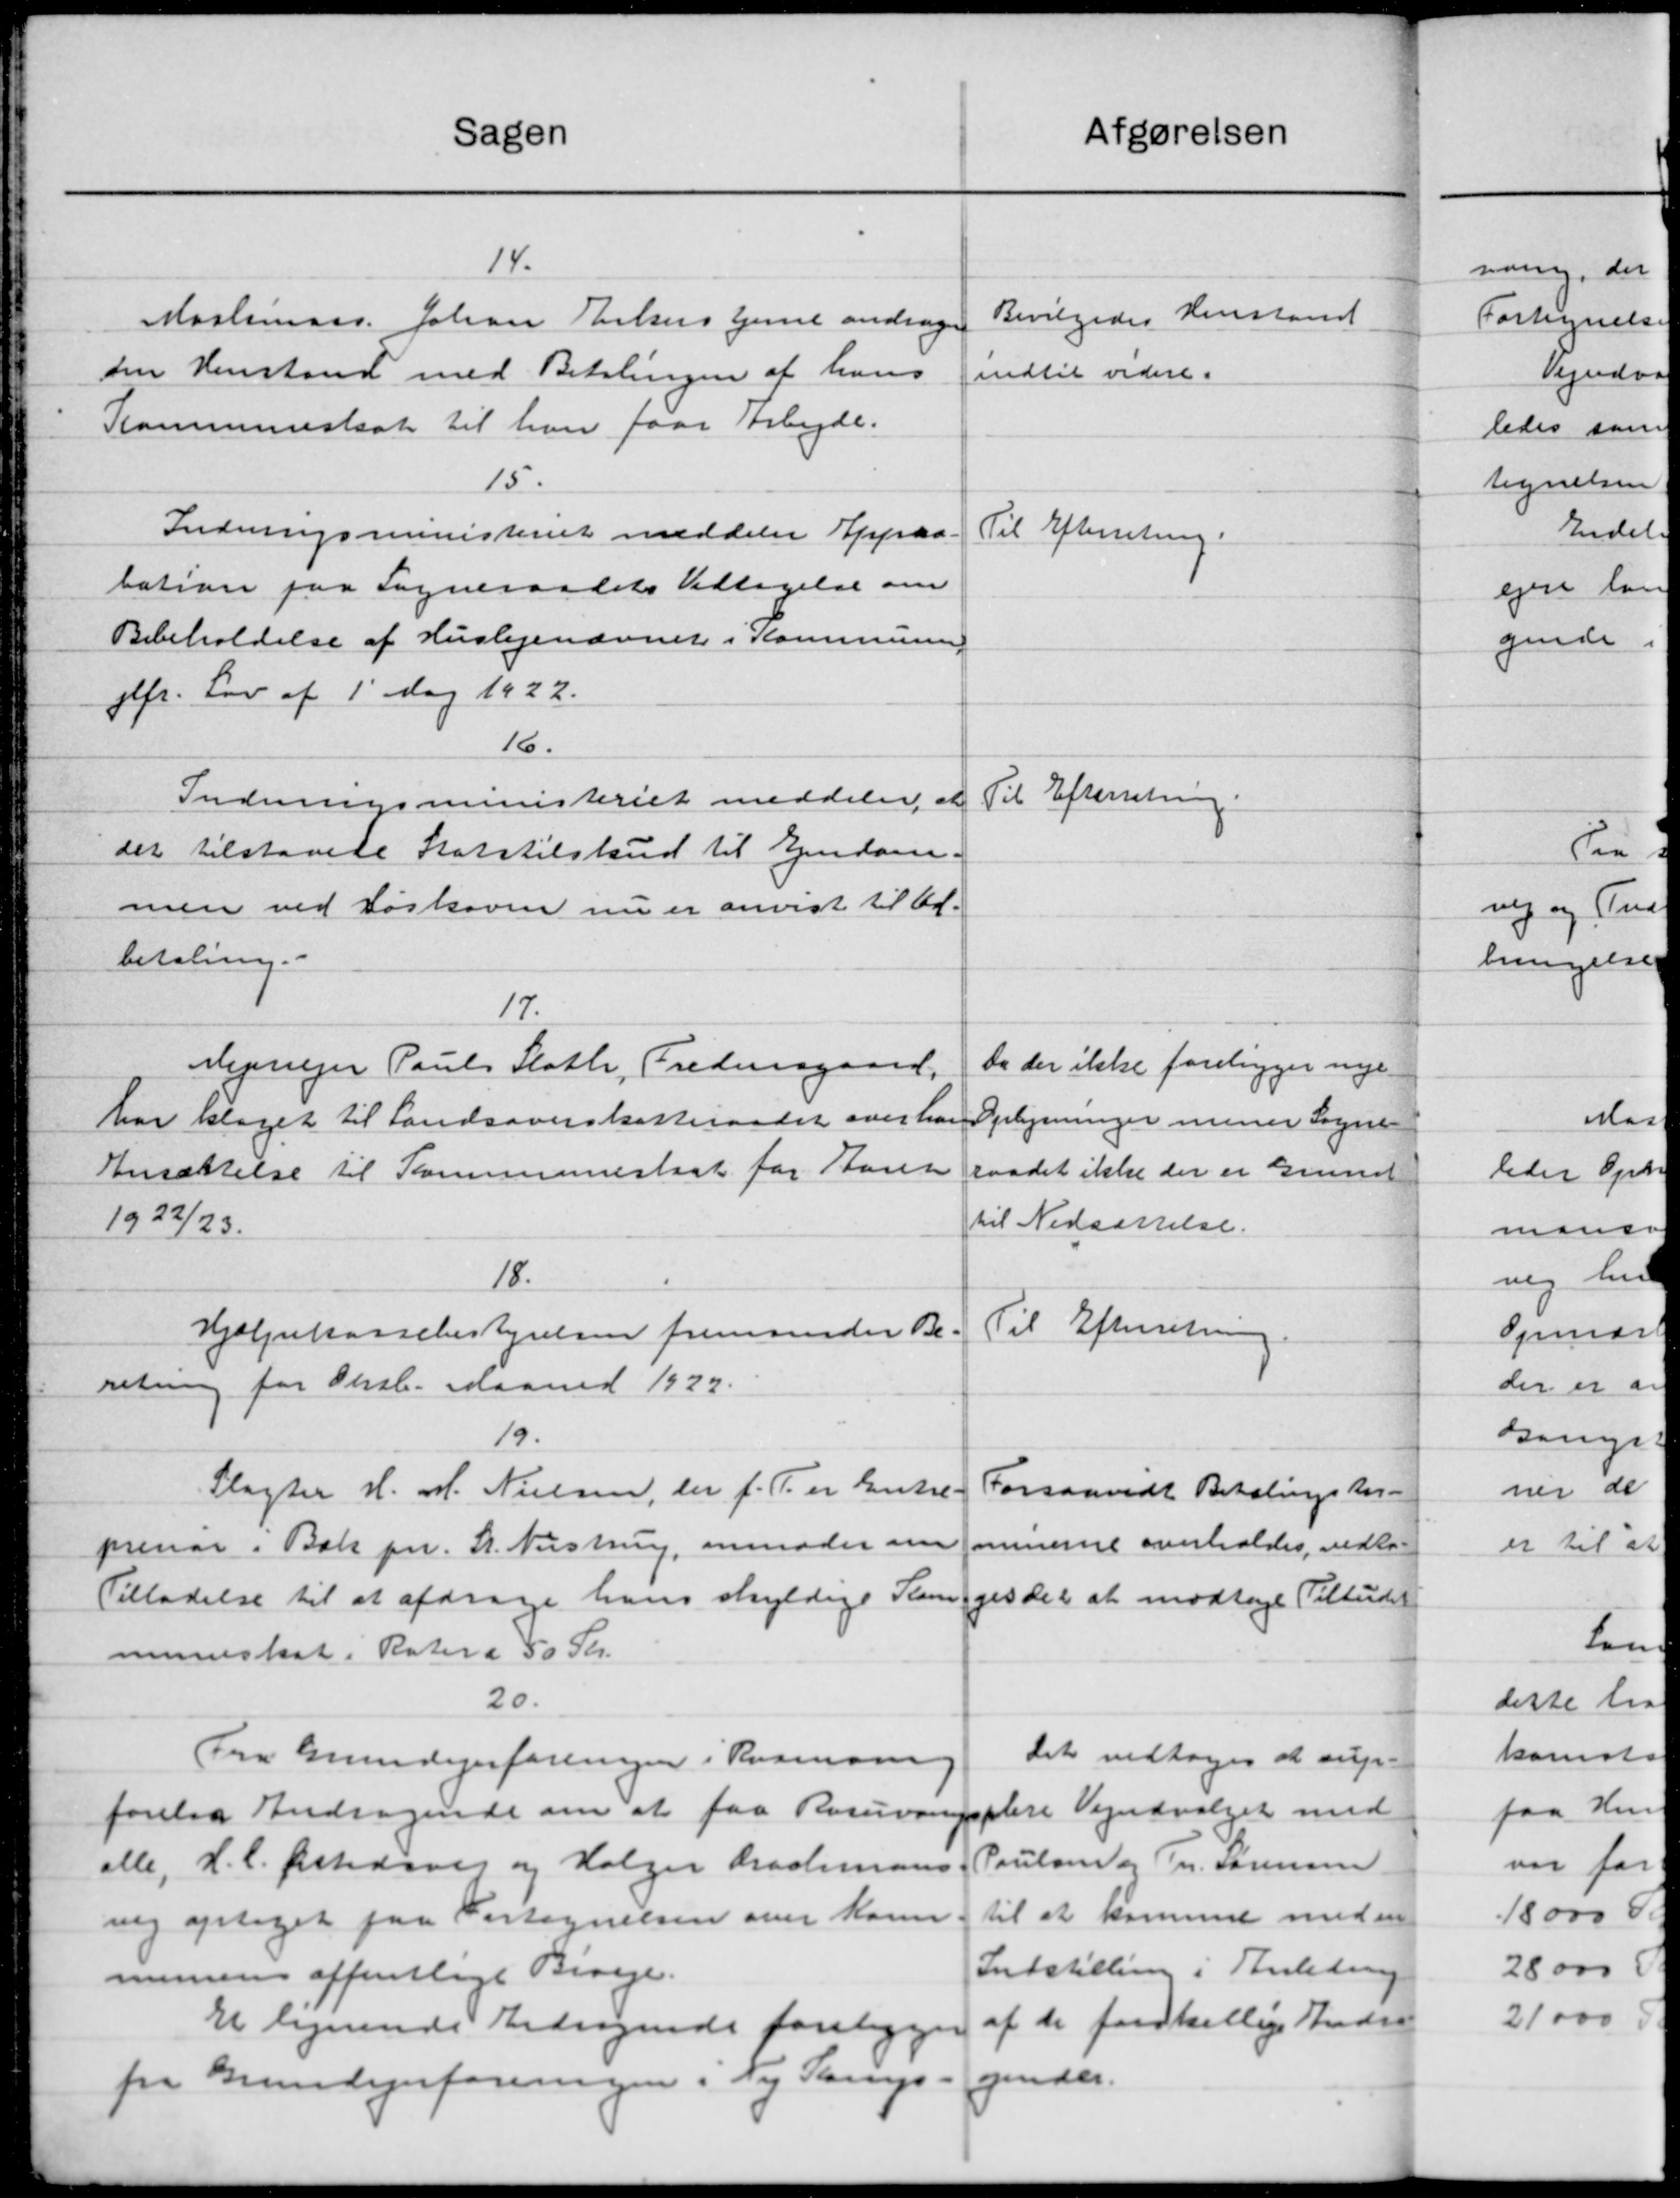
Transskription:
Sagen
Afgørelsen
14.
Bevilgedes Henstand
Maslineaar. Johan Kirkers tjene andrager
oin Henstand med Betalingen af hans
indtil videre.
Kommuneskat til han faar Arbejde.
15.
Indenrigsministeriet meddeler Appaa-
Til Efterretning.
bation paa Sogneraadets Vedtagelse om
Bebeholdelse af Huslejenævnet i Kommunen
gfr. Lov af 1' Maj 1922.
16.
Til Efterretning.
Indnrigsministeriet meddeler at
der tilstaaede Statstilskud til Ejendom-
men ved Løskoven nu er anvist til Af-
betaling.
17.
Da der ikke foreligger nye
Mejrejer Pauls Slothe, Fredersgaard,
har klaget til Landsoverskatteraadet over han
Oplysninger mener Sogne-
Ansættelse til Kommuneskat for Aaret
raadet ikke der er Grund
1922/23.
til Nedsættelse.
18.
Til Efterretning.
Hjælpekassebestyrelsen fremsender Be-
retning for Oksb. Maaned 1922.
19.
Slagter H. M. Nielsen, der f. T. er Entre-
Forsaavidt Betalingsker -
minerne overholdes vedto-
prenor i Bak pr. H. Nustrup, anmoder om
Tilladelse til at afdrage hans skyldige Revilges det at modtage Tilbudet
muneskat i Rotere 50 Kr.
20.
Det vedtoges at sup-
Fra Grundejerforeningen i Ramsing
plere Vejudvalget med
forelaa Andragende om at faa Resuverings
Poulsen og Fr. Sørensen
alle, H.C. Ørstedsvej og Holger Drachmans
til at kommet med en
nig optaget paa Fortegnelsen over Kom
Indstilling i Anledning
munen offentlige Biveje.
af de forskellige Indre
Et lignende Andragende forelægges
gendes.
fra Grundejerforeningen i Ny Sams